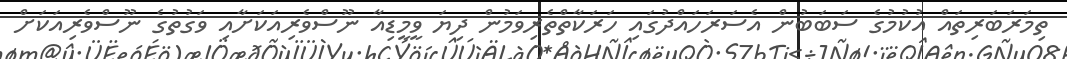
ތިމަރަބަރިތައް އުކުމުގެ ސަބަބުން އެސަރަހައްދުގައި ހަރަކާތްތެރިވަމުން ދިޔަ ވީމީޑިއާ ނޫސްވެރިއަކަށާއި ވަގުތުގެ ނޫސްވެރިއަކަށް